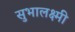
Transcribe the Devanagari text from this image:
सुभालक्ष्मी